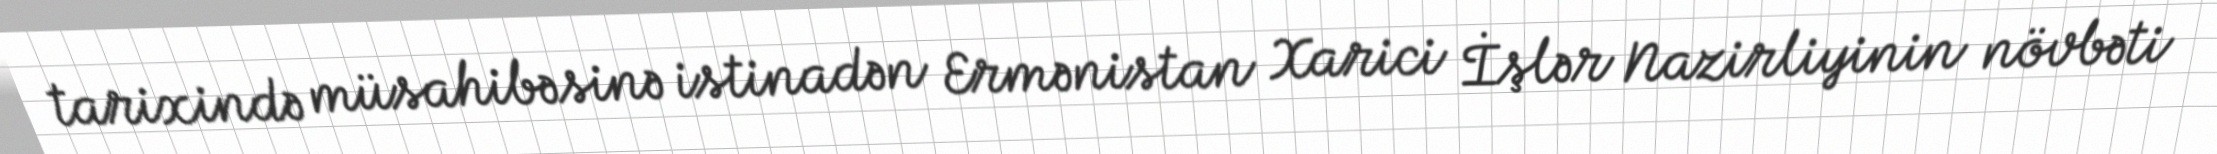
tarixində müsahibəsinə istinadən Ermənistan Xarici İşlər Nazirliyinin növbəti